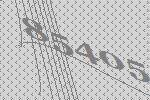
85405